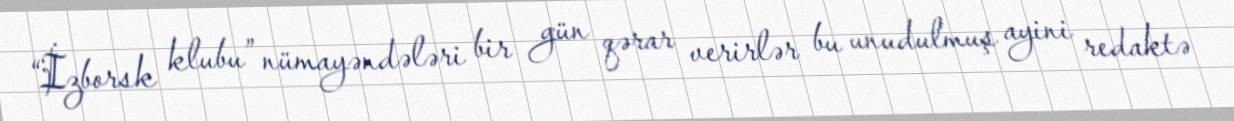
“İzborsk klubu” nümayəndələri bir gün qərar verirlər bu unudulmuş ayini redaktə